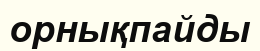
орнықпайды